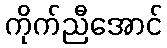
ကိုက်ညီအောင်